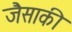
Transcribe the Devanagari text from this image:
जैसाकी